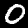
Digit: 0